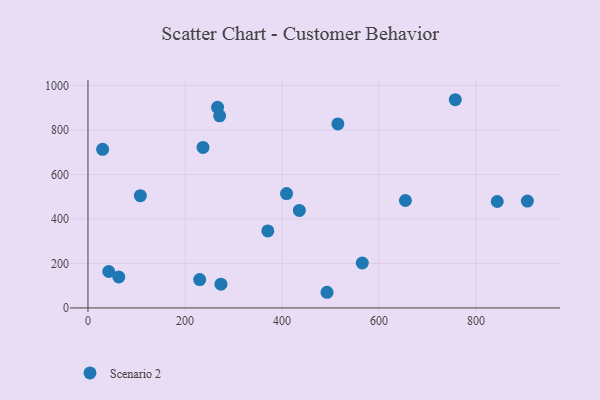
{"axis": {"x": "Engine Size", "y": "Demand"}, "legend": ["Scenario 2"], "data": [{"x": "565.4", "y": 202.1, "type": "Scenario 2"}, {"x": "370.7", "y": 346.4, "type": "Scenario 2"}, {"x": "654.3", "y": 483.0, "type": "Scenario 2"}, {"x": "230.3", "y": 127.3, "type": "Scenario 2"}, {"x": "515.1", "y": 827.6, "type": "Scenario 2"}, {"x": "905.7", "y": 480.3, "type": "Scenario 2"}, {"x": "267.1", "y": 902.1, "type": "Scenario 2"}, {"x": "237.1", "y": 721.6, "type": "Scenario 2"}, {"x": "107.9", "y": 504.7, "type": "Scenario 2"}, {"x": "42.8", "y": 163.9, "type": "Scenario 2"}, {"x": "492.7", "y": 70.4, "type": "Scenario 2"}, {"x": "757.1", "y": 936.2, "type": "Scenario 2"}, {"x": "843.6", "y": 478.5, "type": "Scenario 2"}, {"x": "409.3", "y": 514.0, "type": "Scenario 2"}, {"x": "30.2", "y": 713.0, "type": "Scenario 2"}, {"x": "271.4", "y": 863.7, "type": "Scenario 2"}, {"x": "63.5", "y": 139.0, "type": "Scenario 2"}, {"x": "274.1", "y": 106.9, "type": "Scenario 2"}, {"x": "435.7", "y": 438.5, "type": "Scenario 2"}]}